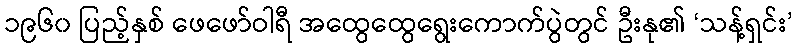
၁၉၆၀ ပြည့်နှစ် ဖေဖော်ဝါရီ အထွေထွေရွေးကောက်ပွဲတွင် ဦးနု၏ ‘သန့်ရှင်း’